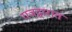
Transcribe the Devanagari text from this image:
राजद्वारात